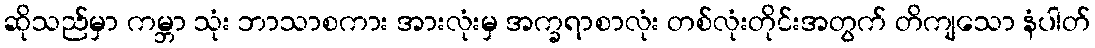
ဆိုသည်မှာ ကမ္ဘာ သုံး ဘာသာစကား အားလုံးမှ အက္ခရာစာလုံး တစ်လုံးတိုင်းအတွက် တိကျသော နံပါတ်